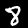
Digit: 8